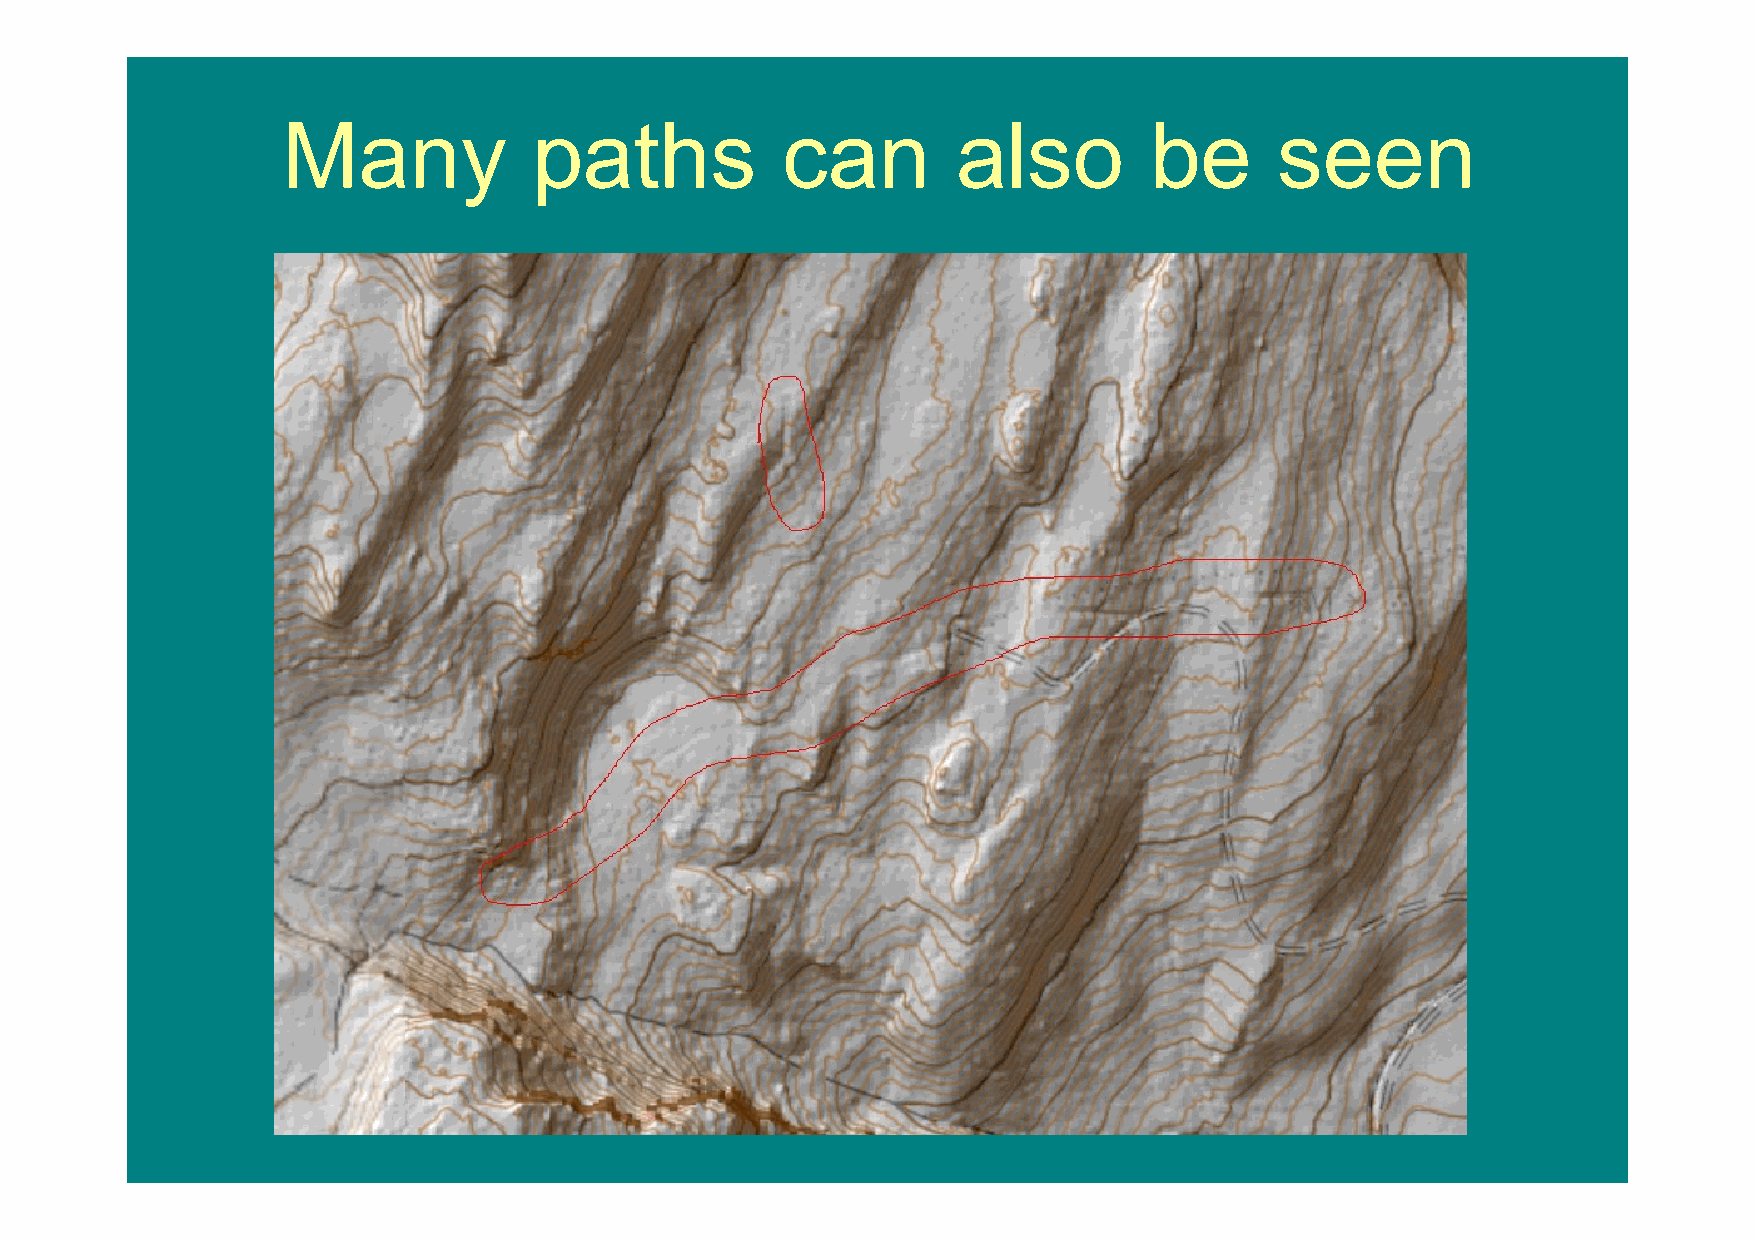
Many            paths            can        also         be       seen